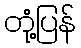
တုံ့ပြန်